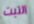
التبت